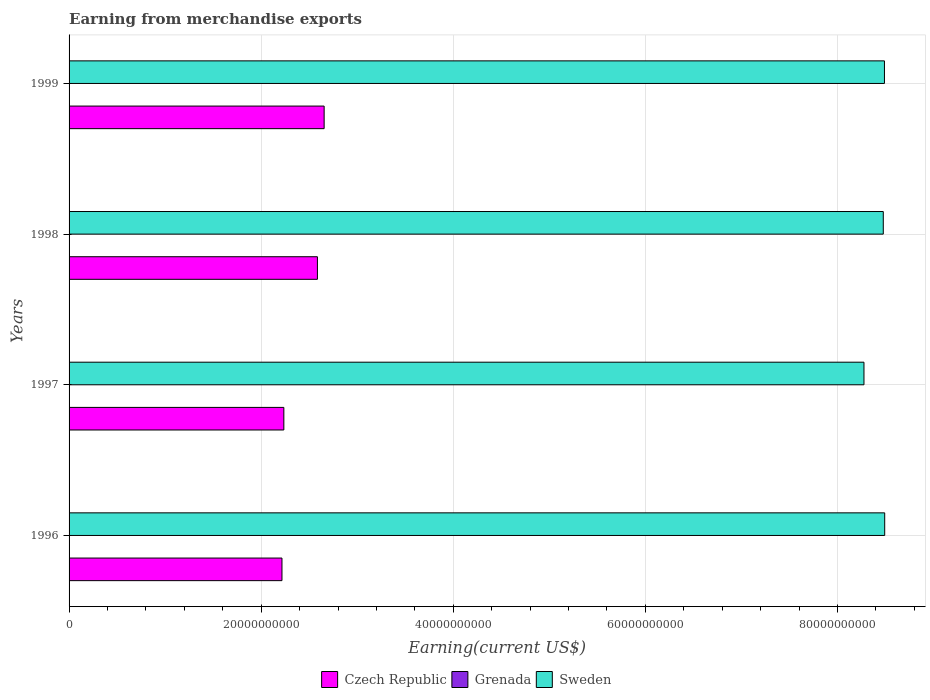
| Years | Czech Republic | Grenada | Sweden |
 | --- | --- | --- | --- |
 | 1996 | 2.22e+10 | 2e+07 | 8.49e+10 |
 | 1997 | 2.24e+10 | 2.3e+07 | 8.28e+10 |
 | 1998 | 2.59e+10 | 3.5e+07 | 8.48e+10 |
 | 1999 | 2.66e+10 | 3.6e+07 | 8.49e+10 |